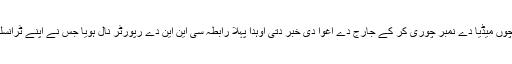
اوہناں نے اپنے ترجمان دے فون وچوں میڈیا دے نمبر چوری کر کے جارج دے اغوا دی خبر دتی اوہدا پہلا رابطہ سی این این دے رپورٹر نال ہویا جس نے اپنے ٹرانسلیٹردی مدد نال اوہناں نال گل کیتی ۔